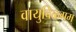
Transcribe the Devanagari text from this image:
वायुविळगम्